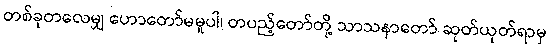
တစ်ခုတလေမျှ ဟောတော်မမူပါ၊ တပည့်တော်တို့ သာသနာတော် ဆုတ်ယုတ်ရာမှ